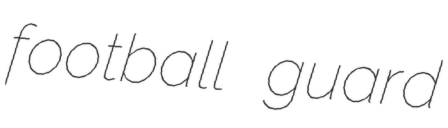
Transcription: football guard